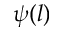
\psi ( l )